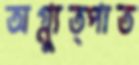
অগ্ন্যুত্পাত